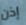
إذن